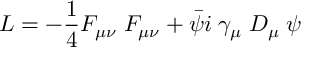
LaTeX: { \cal { L } } = - \frac { 1 } { 4 } F _ { \mu \nu } \; F _ { \mu \nu } + \bar { \psi } i \; \gamma _ { \mu } \; { \cal { D } } _ { \mu } \; \psi